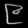
Digit: ၉